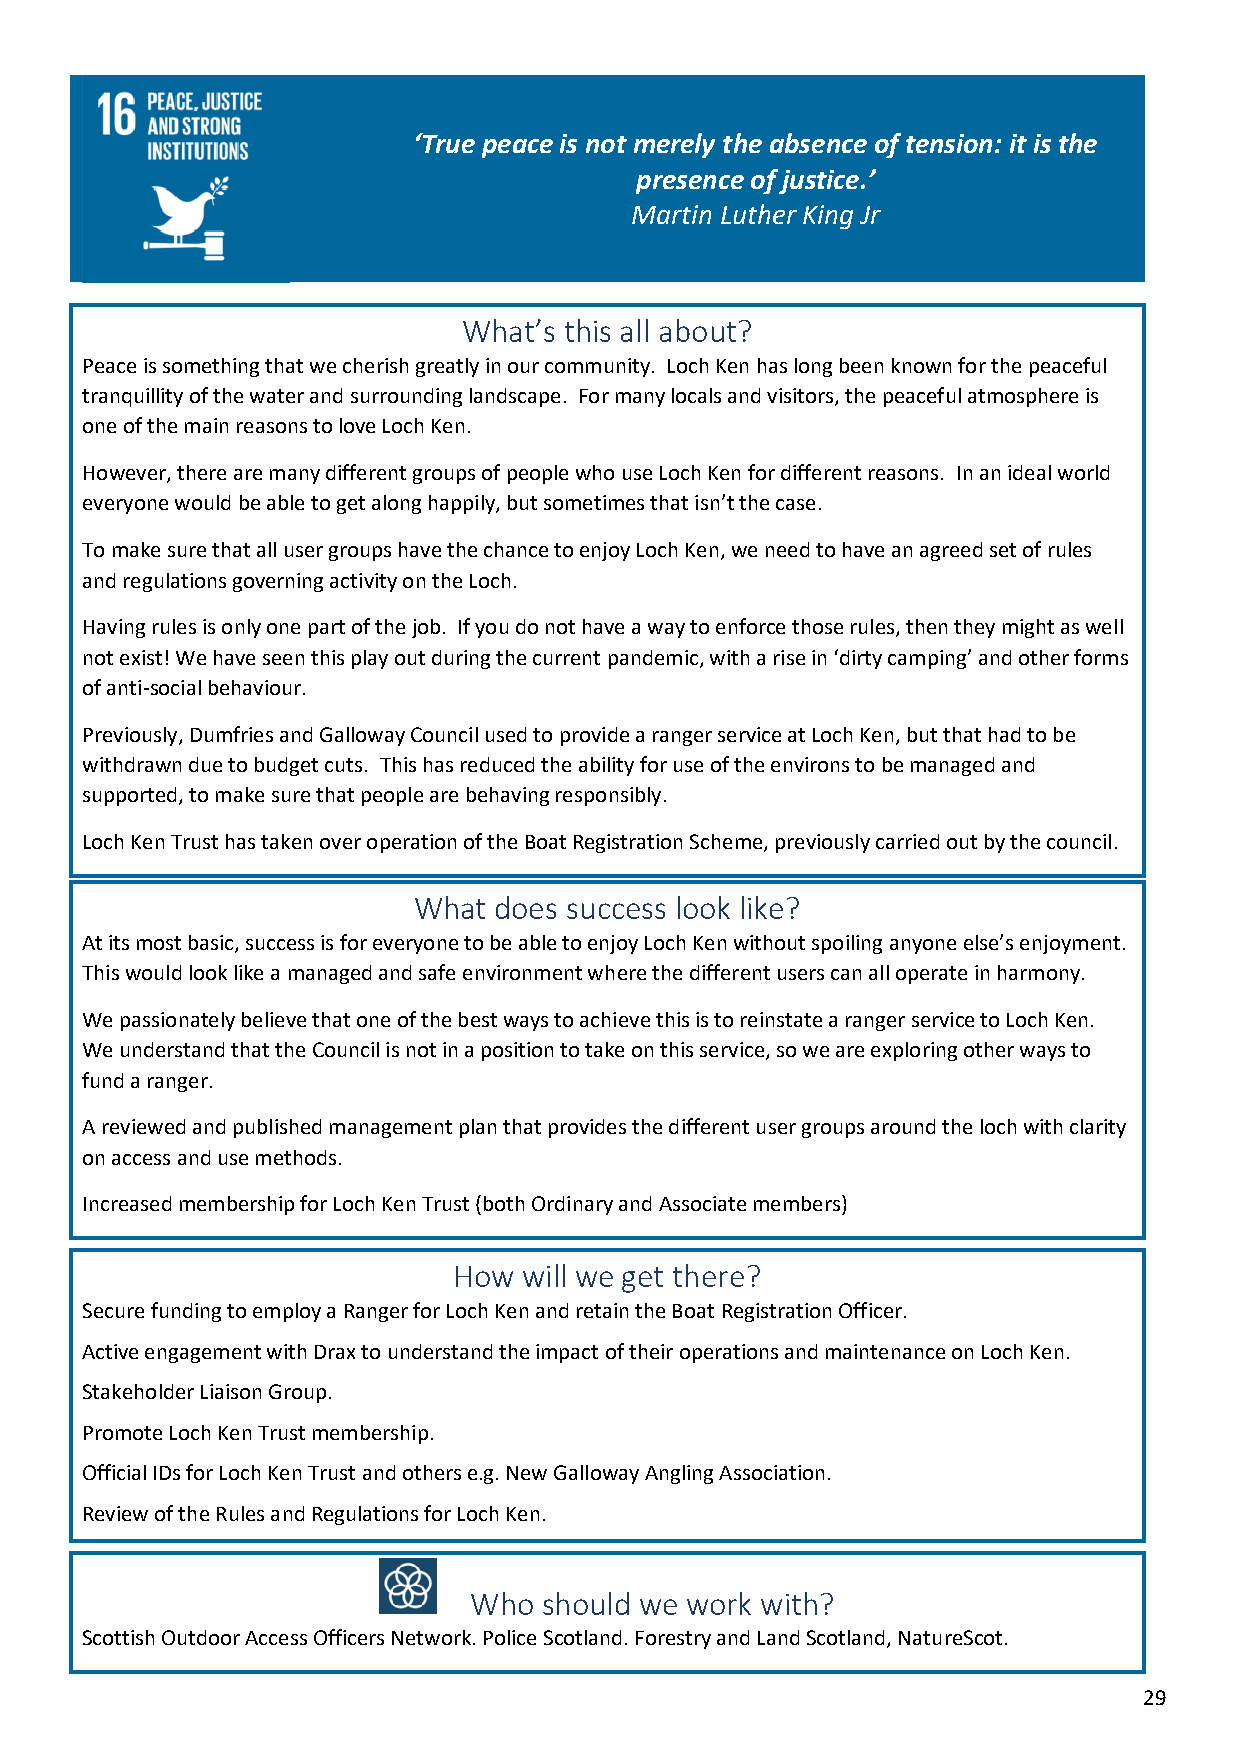
‘True peace is not merely the absence of tension: it is the
 presence of justice.’
 Martin Luther King Jr
 What’s this all about?
 Peace is something that we cherish greatly in our community. Loch Ken has long been known for the peaceful
 tranquillity of the water and surrounding landscape. For many locals and visitors, the peaceful atmosphere is
 one of the main reasons to love Loch Ken.
 However, there are many different groups of people who use Loch Ken for different reasons. In an ideal world
 everyone would be able to get along happily, but sometimes that isn’t the case.
 To make sure that all user groups have the chance to enjoy Loch Ken, we need to have an agreed set of rules
 and regulations governing activity on the Loch.
 Having rules is only one part of the job. If you do not have a way to enforce those rules, then they might as well
 not exist! We have seen this play out during the current pandemic, with a rise in ‘dirty camping’ and other forms
 of anti-social behaviour.
 Previously, Dumfries and Galloway Council used to provide a ranger service at Loch Ken, but that had to be
 withdrawn due to budget cuts. This has reduced the ability for use of the environs to be managed and
 supported, to make sure that people are behaving responsibly.
 Loch Ken Trust has taken over operation of the Boat Registration Scheme, previously carried out by the council.
 What  does success look like?
 At its most basic, success is for everyone to be able to enjoy Loch Ken without spoiling anyone else’s enjoyment.
 This would look like a managed and safe environment where the different users can all operate in harmony.
 We passionately believe that one of the best ways to achieve this is to reinstate a ranger service to Loch Ken.
 We understand that the Council is not in a position to take on this service, so we are exploring other ways to
 fund a ranger.
 A reviewed and published management plan that provides the different user groups around the loch with clarity
 on access and use methods.
 Increased membership for Loch Ken Trust (both Ordinary and Associate members)
 How  will we get there?
 Secure funding to employ a Ranger for Loch Ken and retain the Boat Registration Officer.
 Active engagement with Drax to understand the impact of their operations and maintenance on Loch Ken.
 Stakeholder Liaison Group.
 Promote Loch Ken Trust membership.
 Official IDs for Loch Ken Trust and others e.g. New Galloway Angling Association.
 Review of the Rules and Regulations for Loch Ken.
 Who  should we work with?
 Scottish Outdoor Access Officers Network. Police Scotland. Forestry and Land Scotland, NatureScot.
 29